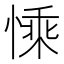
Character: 𢟊